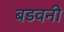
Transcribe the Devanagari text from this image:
बडवनी